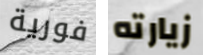
فورية زيارته